Civil Veterinary Department Bihar & Orissa reports 1929-36 - 1929-1936
Year: 1929
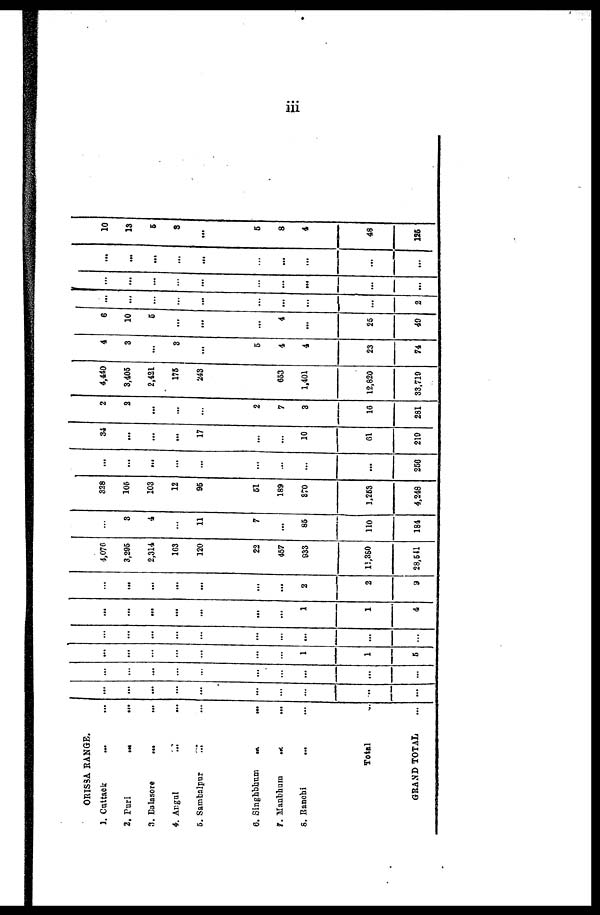
iii
ORISSA RANGE.
1. Cuttack ... ...
2. Puri ... ...
3. Dalasore ... ...
4. Angal ... ...
5. Sambalpur ... ...
6. Singhbhum ... ...
7. Manbhum ... ...
8. Ranchi ... ...
Total ...
GRAND TOTAL ...
...
...
...
...
...
...
...
...
...
...
...
...
...
...
...
...
...
...
...
...
...
...
...
...
...
...
...
1
1
5
...
...
...
1
...
...
...
...
...
...
...
...
...
...
...
...
...
1
1
4
...
...
...
...
...
...
...
2
2
9
4,076
3,205
2,314
163
120
22
457
933
11,380
28,541
...
3
4
...
11
7
...
85
110
184
328
105
103
12
95
51
189
870
1,263
4,248
...
...
...
...
...
...
...
...
...
250
34
...
...
...
17
...
...
10
61
210
2
2
...
...
...
2
7
3
16
281
4,440
3,405
2,121
175
243
...
653
1,101
12,820
33,719
4
3
...
3
...
5
4
4
23
74
6
10
5
...
...
...
4
...
25
49
...
...
...
...
...
...
...
...
...
2
...
...
...
...
...
...
...
...
...
...
...
...
...
...
...
...
...
...
...
...
10
13
5
3
...
5
8
4
48
125